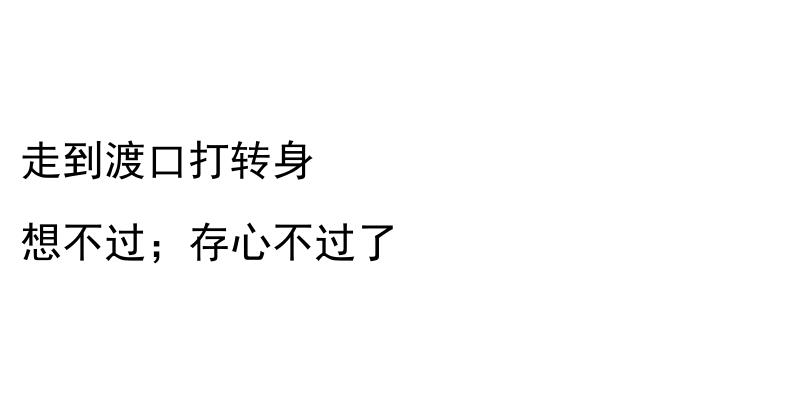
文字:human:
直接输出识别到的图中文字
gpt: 走到渡口打转身 想不过；存心不过了